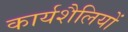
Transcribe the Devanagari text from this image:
कार्यशैलियों